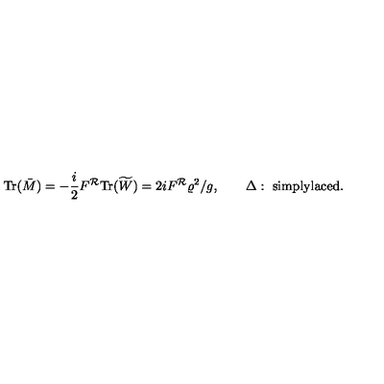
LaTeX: \mathrm { T r } ( \bar { M } ) = - { \frac { i } { 2 } } F ^ { \cal R } \mathrm { T r } ( \widetilde { W } ) = 2 i F ^ { \cal R } { \varrho ^ { 2 } } / g , \qquad \Delta : \ \mathrm { s i m p l y l a c e d } .